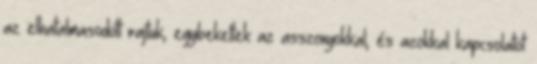
az elhatalmasodott rajtuk, egybekeltek az asszonyokkal; és azokkal kapcsolatot